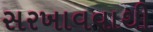
સરખાવવાથી